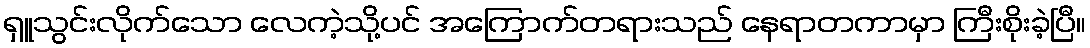
ရှူသွင်းလိုက်သော လေကဲ့သို့ပင် အကြောက်တရားသည် နေရာတကာမှာ ကြီးစိုးခဲ့ပြီ။